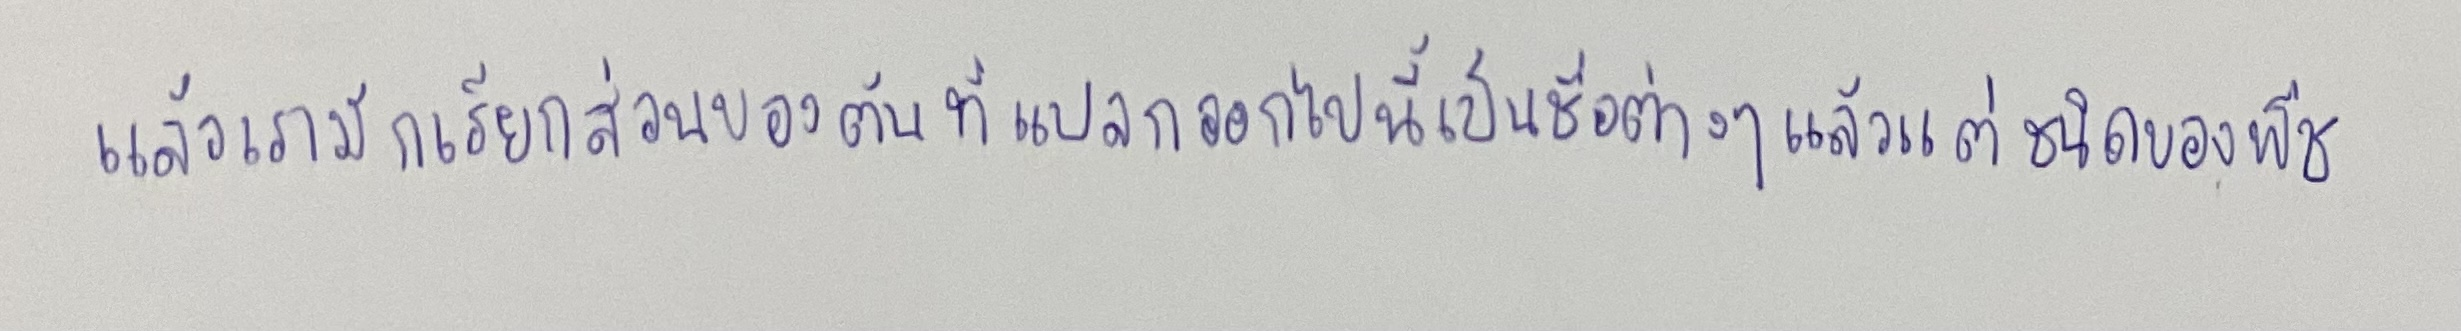
และเรามักเรียกส่วนของต้นที่แปลกออกไปนี้เป็นชื่อต่างๆแล้วแต่ชนิดของพืช